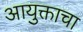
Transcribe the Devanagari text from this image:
आयुक्ताचा